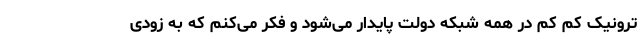
ترونیک کم کم در همه شبکه دولت پایدار می‌شود و فکر می‌کنم که به زودی